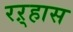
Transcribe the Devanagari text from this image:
रऱ्हास